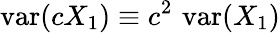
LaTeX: \operatorname{var}(cX_{1})\equiv c^{2}\, \operatorname{var}(X_{1})